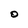
Character: O